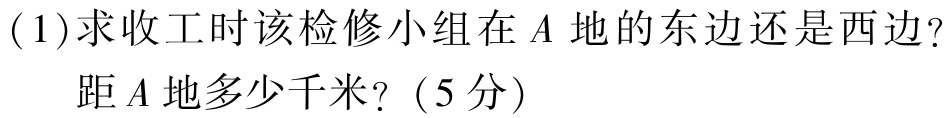
(1)求收工时该检修小组在\(A\)地的东边还是西边？
距\(A\)地多少千米？（5分）